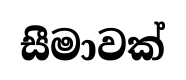
සීමාවක්